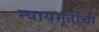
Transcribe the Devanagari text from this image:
न्यायमूर्तींची